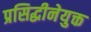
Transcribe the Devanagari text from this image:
प्रसिद्धीनेयुक्त